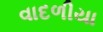
વાદળીયા